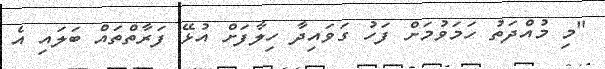
"މި މުއްދަތު ހަމަވުމަށް ފަހު ގަވައިދާ ހިލާފަށް އުޅޭ ފަރާތްތައް ބަލައި އެ